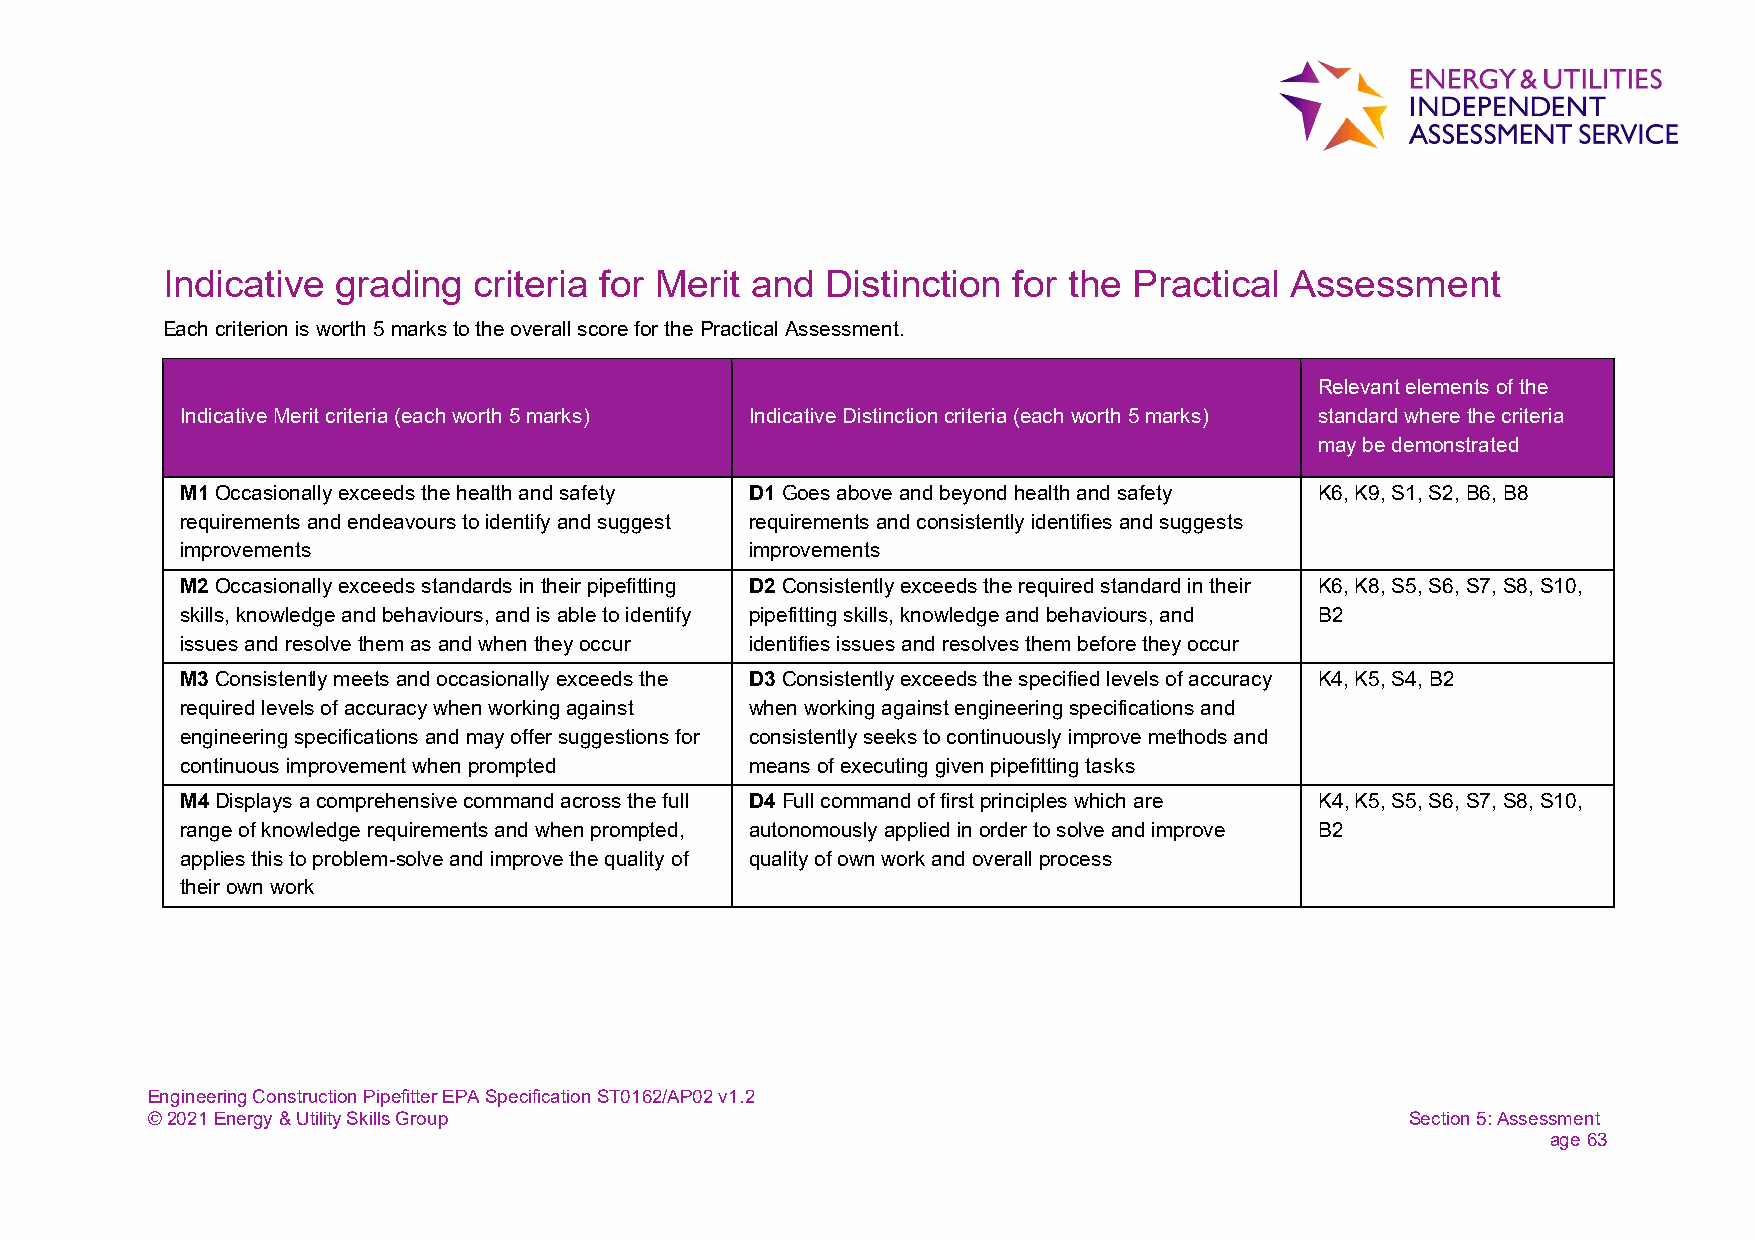
Indicative grading  criteria for Merit and  Distinction for the Practical Assessment
 Each criterion is worth 5 marks to the overall score for the Practical Assessment.
 Relevant elements of the
 Indicative Merit criteria (each worth 5 marks) Indicative Distinction criteria (each worth 5 marks) standard where the criteria
 may be demonstrated
 M1 Occasionally exceeds the health and safety D1 Goes above and beyond health and safety K6, K9, S1, S2, B6, B8
 requirements and endeavours to identify and suggest requirements and consistently identifies and suggests
 improvements                          improvements
 M2 Occasionally exceeds standards in their pipefitting D2 Consistently exceeds the required standard in their K6, K8, S5, S6, S7, S8, S10,
 skills, knowledge and behaviours, and is able to identify pipefitting skills, knowledge and behaviours, and B2
 issues and resolve them as and when they occur identifies issues and resolves them before they occur
 M3 Consistently meets and occasionally exceeds the D3 Consistently exceeds the specified levels of accuracy K4, K5, S4, B2
 required levels of accuracy when working against when working against engineering specifications and
 engineering specifications and may offer suggestions for consistently seeks to continuously improve methods and
 continuous improvement when prompted  means of executing given pipefitting tasks
 M4 Displays a comprehensive command across the full D4 Full command of first principles which are K4, K5, S5, S6, S7, S8, S10,
 range of knowledge requirements and when prompted, autonomously applied in order to solve and improve B2
 applies this to problem-solve and improve the quality of quality of own work and overall process
 their own work
 Engineering Construction Pipefitter EPA Specification ST0162/AP02 v1.2
 © 2021 Energy & Utility Skills Group                                               Section 5: Assessment
 age 63